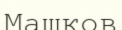
Машков